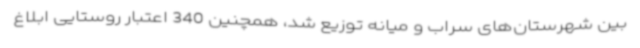
بین شهرستان‌های سراب و میانه توزیع شد، همچنین 340 اعتبار روستایی ابلاغ